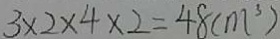
3 \times 2 \times 4 \times 2 = 4 8 ( m ^ { 3 } )